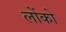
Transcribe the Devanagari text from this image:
लोंको